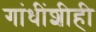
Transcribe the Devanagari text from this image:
गांधींशीही